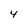
Character: 4